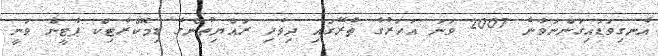
އެނގިވަޑައިގަންނަވާނެ 2007 ވަނަ އަހަރުގެ ތެރޭގައި ދިވެހި ރައްޔިތުންގެ ޑިމޮކްރެޓިކް ޕާޓީން ވަނީ